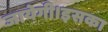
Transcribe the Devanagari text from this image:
जायेगी।इसका